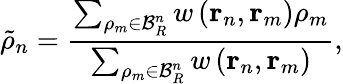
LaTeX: \tilde{\rho}_{n}=\frac{\sum_{\rho_{m}\in\mathcal{B}_{R}^{n}}w\left(\mathbf{r}_{n},\mathbf{r}_{m}\right)\rho_{m}}{\sum_{\rho_{m}\in\mathcal{B}_{R}^{n}}w\left(\mathbf{r}_{n},\mathbf{r}_{m}\right)},